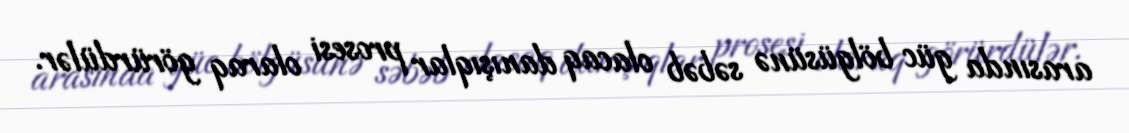
arasında güc bölgüsünə səbəb olacaq danışıqlar prosesi olaraq görürdülər.